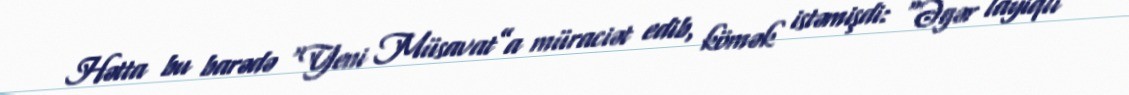
Hətta bu barədə “Yeni Müsavat”a müraciət edib, kömək istəmişdi: “Əgər layiqli